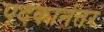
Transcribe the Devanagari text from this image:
पदकानंतर